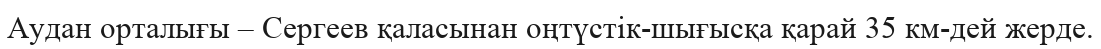
Аудан орталығы – Сергеев қаласынан оңтүстік-шығысқа қарай 35 км-дей жерде.